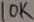
Text: 10K